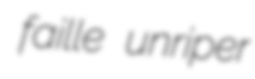
faille unriper